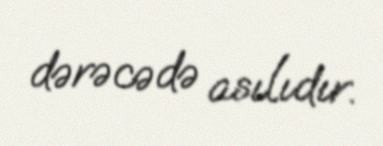
dərəcədə asılıdır.